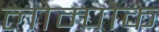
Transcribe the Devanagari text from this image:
लोम्पोक